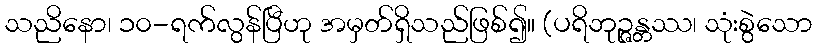
သညိနော၊ ၁၀-ရက်လွန်ပြီဟု အမှတ်ရှိသည်ဖြစ်၍။ (ပရိဘုဉ္ဇန္တဿ၊ သုံးစွဲသော